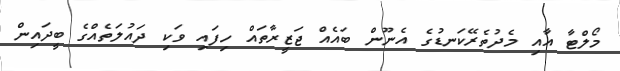
މޯލްޓާ އާއި މެދުތެރޭކަނޑުގެ އެނޫން ބައެއް ޖަޒީރާތައް ހިފައި ވަކި ދައުލަތެއްގެ ބީދައިން